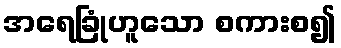
အရေခြုံဟူသော စကားစ၍